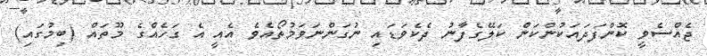
ޖެއްސެވީ ކޮންފަދައަކުންކަން ކަލޭގެފާނު ދެކެވަޑައި ނުގަންނަވަމުތޯއެވެ އެއީ އެ ގަހެއްގެ މޫތައް (ބިމުގައި)